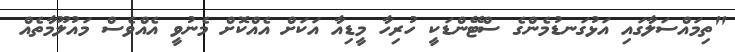
"ތިމައްސަލާގައި އަޅުގަނޑުމެންގެ ސްޓޭންޑަކީ ހުރިހާ މީޑިއާ އަކަށް އެއްކޮށް މެނުވީ އެއްވެސް މައުލޫމާތެއް